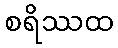
စရိဿထ